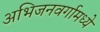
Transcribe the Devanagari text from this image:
अभिजनवर्गामध्ये